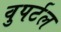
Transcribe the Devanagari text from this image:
वुपर्टल